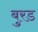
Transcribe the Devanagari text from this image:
बुरड